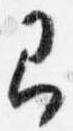
即